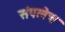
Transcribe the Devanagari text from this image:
संपलेच